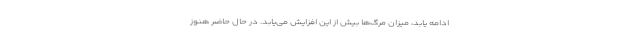
ادامه یابد، میزان مرگ‌ها بیش از این افزایش می‌یابد. در حال حاضر هنوز